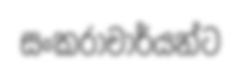
සංකරාචාර්යන්ට